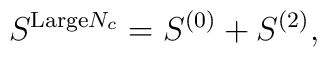
S^{{\rm Large}N_c}=S^{(0)}+S^{(2)},